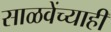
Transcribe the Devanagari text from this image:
साळवेंच्याही